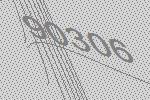
90306